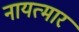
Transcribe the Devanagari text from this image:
नायत्मार